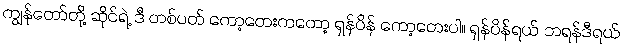
ကျွန်တော်တို့ ဆိုင်ရဲ့ ဒီ တစ်ပတ် ကော့တေးကတော့ ရှန်ပိန် ကော့တေးပါ။ ရှန်ပိန်ရယ် ဘရန်ဒီရယ်